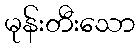
မုန်းတီးသော